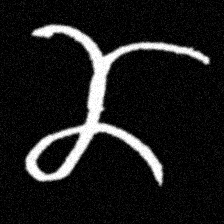
Pyu character \u2014 Myanmar letter: ဏ (romanized: nna)